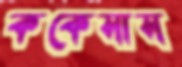
ককেসাস